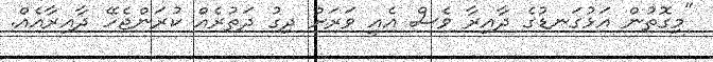
"މިގޮތުން އަޅުގަނޑުގެ ދާއިރާ ވެސް އެއީ ވަރަށް ދިގު ދަތުރެއް ކުރަންޖެހޭ ދާއިރާއެއް.